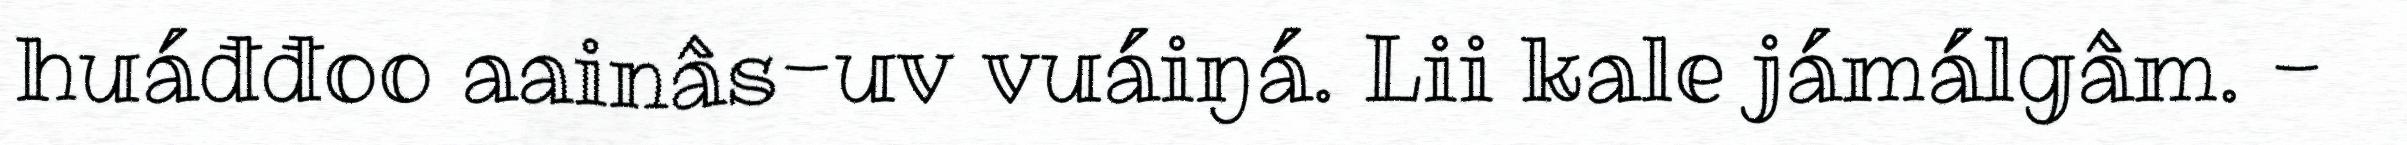
huáđđoo aainâs-uv vuáiŋá. Lii kale jámálgâm. -